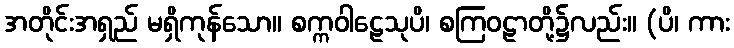
အတိုင်းအရှည် မရှိကုန်သော။ စက္ကဝါဠေသုပိ၊ စကြဝဠာတို့၌လည်း။ (ပိ၊ ကား